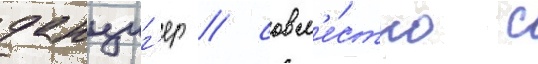
данциг'ер / совм'е́стно с